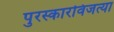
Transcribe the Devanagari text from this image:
पुरस्कारविजत्या